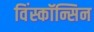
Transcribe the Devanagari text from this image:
विंस्कॉन्सिन